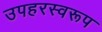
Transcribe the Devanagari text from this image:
उपहरस्वरूप